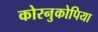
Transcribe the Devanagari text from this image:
कोरनुकोपिया